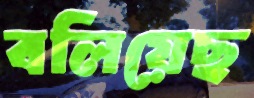
বলিয়েছ